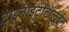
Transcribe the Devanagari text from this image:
ट्राइनाइट्रोटॉलूईन